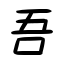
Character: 吾